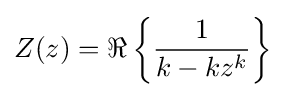
Z(z)=\Re \left\{{\frac {1}{k-kz^{k}}}\right\}